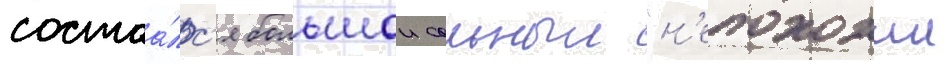
состоа́лс'я большои сольныи "н'епохожии